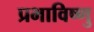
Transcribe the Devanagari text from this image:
प्रभाविष्णु